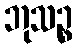
ဘုသဉ္စ